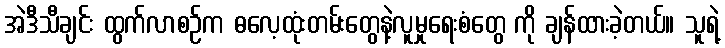
အဲဒီသီချင်း ထွက်လာစဉ်က ဓလေ့ထုံးတမ်းတွေနဲ့လူမှုရေးစံတွေ ကို ချန်ထားခဲ့တယ်။ သူရဲ့